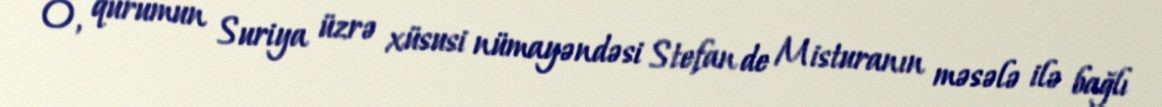
O, qurumun Suriya üzrə xüsusi nümayəndəsi Stefan de Misturanın məsələ ilə bağlı